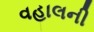
વહાલની